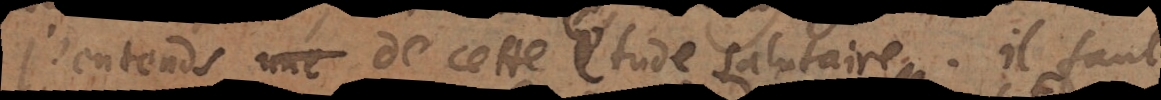
J’entends une de cette étude salutaire. Il faut